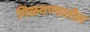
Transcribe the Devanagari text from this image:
मिळवण्यातील